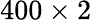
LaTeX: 400\times 2